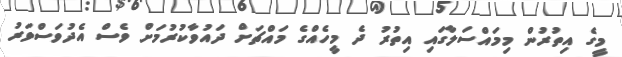
މީގެ އިތުރުން މިމައްސަލާގައި އިތުރު ދެ މީހެއްގެ މައްޗަށް ދައުވާކުރުމަށް ވެސް އެދުވަސްވަރު